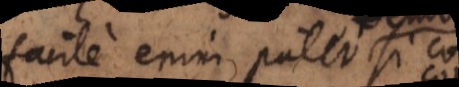
facile enim patet si co